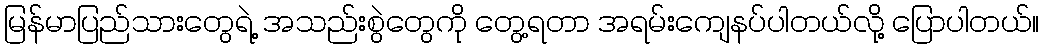
မြန်မာပြည်သားတွေရဲ့ အသည်းစွဲတွေကို တွေ့ရတာ အရမ်းကျေနပ်ပါတယ်လို့ ပြောပါတယ်။